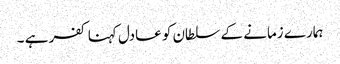
ہمارے زمانے کے سلطان کو عادل کہنا کفر ہے ۔